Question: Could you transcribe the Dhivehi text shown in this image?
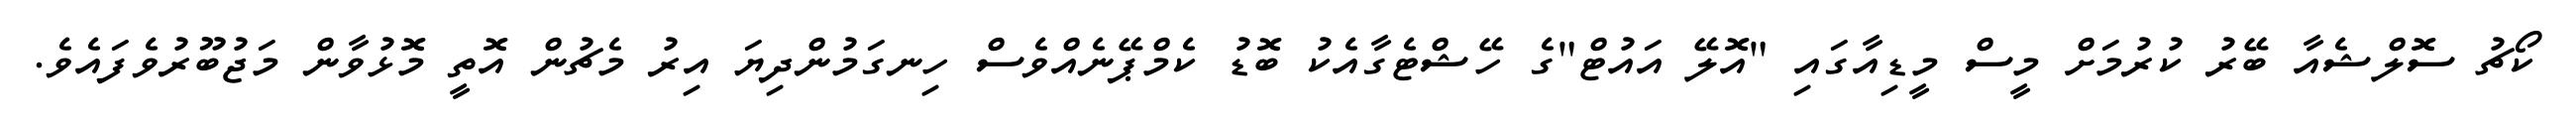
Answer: ކޯޗު ސޮލްޝެއާ ބޭރު ކުރުމަށް މީސް މީޑިއާގައި "އޮލޭ އައުޓް"ގެ ހޭޝްޓެގާއެކު ބޮޑު ކެމްޕޭނެއްވެސް ހިނގަމުންދިޔަ އިރު މެޗުން އޮތީ މޮޅުވާން މަޖުބޫރުވެފައެވެ.